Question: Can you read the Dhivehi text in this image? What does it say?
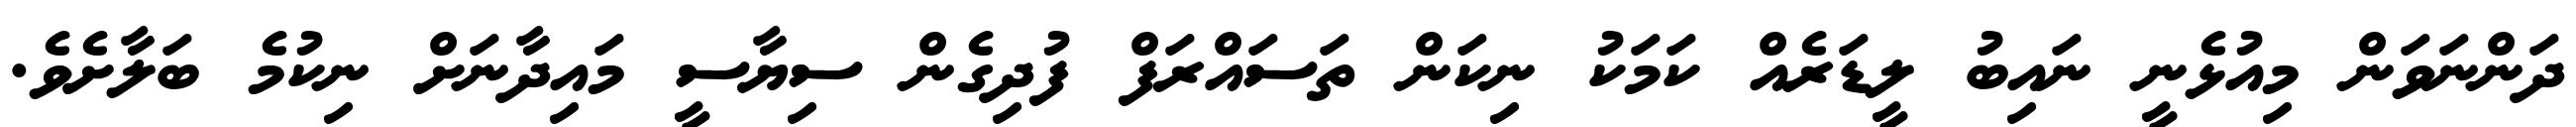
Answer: ދަންނަވަން މިއުޅެނީ ނައިބު ލީޑަރެއް ކަމަކު ނިކަން ތަސައްރަފް ފުދިގެން ސިޔާސީ މައިދާނަށް ނިކުމެ ބަލާށެވެ.